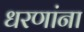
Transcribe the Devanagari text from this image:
धरणांना